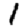
Digit: 1